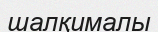
шалқималы